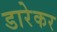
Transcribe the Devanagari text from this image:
डारेकर